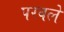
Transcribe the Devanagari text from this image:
परवले